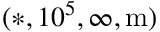
( * , 1 0 ^ { 5 } , \infty , \mathrm { m } )